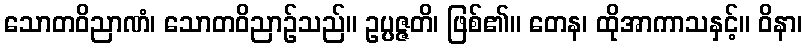
သောတဝိညာဏံ၊ သောတဝိညာဉ်သည်။ ဥပ္ပဇ္ဇတိ၊ ဖြစ်၏။ တေန၊ ထိုအာကာသနှင့်။ ဝိနာ၊